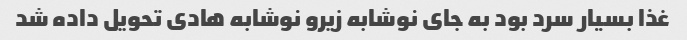
غذا بسیار سرد بود به جای نوشابه زیرو نوشابه هادی تحویل داده شد